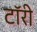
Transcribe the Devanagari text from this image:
टॉरी